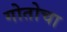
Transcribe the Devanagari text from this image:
गोतोचा